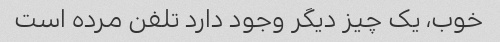
خوب، یک چیز دیگر وجود دارد تلفن مرده است